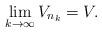
LaTeX: \begin{align*}\lim_{k\to \infty}V_{n_k}=V.\end{align*}